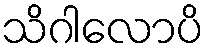
သိဂါလောပိ